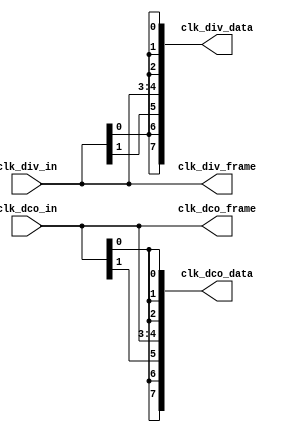
module zest_clk_map #(
    parameter N_ADC=2,
    parameter N_CH=4*N_ADC
) (
    input  [N_ADC-1:0] clk_dco_in,
    input  [N_ADC-1:0] clk_div_in,
    output [N_ADC-1:0] clk_dco_frame,
    output [N_ADC-1:0] clk_div_frame,
    output [N_CH-1:0] clk_dco_data,
    output [N_CH-1:0] clk_div_data
);
    assign clk_dco_data[0 ] = clk_dco_in[0];
    assign clk_dco_data[1 ] = clk_dco_in[0];
    assign clk_dco_data[2 ] = clk_dco_in[0];
    assign clk_dco_data[3 ] = clk_dco_in[0];
    assign clk_dco_data[4 ] = clk_dco_in[1];
    assign clk_dco_data[5 ] = clk_dco_in[1];
    assign clk_dco_data[6 ] = clk_dco_in[0]; // not 1
    assign clk_dco_data[7 ] = clk_dco_in[0]; // not 1


    assign clk_div_data[0 ] = clk_div_in[0];
    assign clk_div_data[1 ] = clk_div_in[0];
    assign clk_div_data[2 ] = clk_div_in[0];
    assign clk_div_data[3 ] = clk_div_in[0];
    assign clk_div_data[4 ] = clk_div_in[1];
    assign clk_div_data[5 ] = clk_div_in[1];
    assign clk_div_data[6 ] = clk_div_in[0]; // not 1
    assign clk_div_data[7 ] = clk_div_in[0]; // not 1

    assign clk_dco_frame[0] = clk_dco_in[0];
    assign clk_dco_frame[1] = clk_dco_in[1];

    assign clk_div_frame[0] = clk_div_in[0];
    assign clk_div_frame[1] = clk_div_in[1];

endmodule